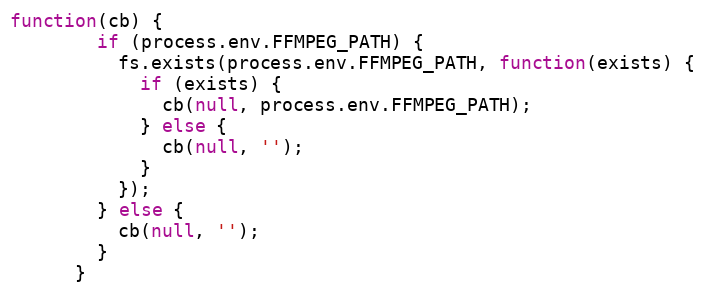
Language: JavaScript
function(cb) {
        if (process.env.FFMPEG_PATH) {
          fs.exists(process.env.FFMPEG_PATH, function(exists) {
            if (exists) {
              cb(null, process.env.FFMPEG_PATH);
            } else {
              cb(null, '');
            }
          });
        } else {
          cb(null, '');
        }
      }